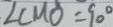
\angle C M O = 9 0 ^ { \circ }